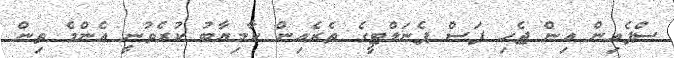
ސްޕެއިން އިން ޖެހި ފަސް ޕެނަލްޓީގެ ތެރެއިން ކާމިޔާބު ކުރެވުނީ އެންމެ ތިން